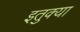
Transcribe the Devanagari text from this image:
इतुक्या